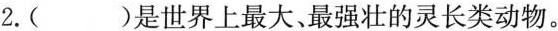
2.( )是世界上最大、最强壮的灵长类动物。